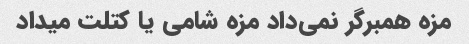
مزه همبرگر نمی‌داد مزه شامی یا کتلت میداد